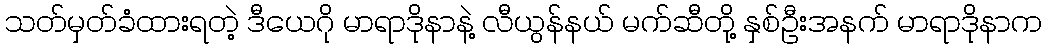
သတ်မှတ်ခံထားရတဲ့ ဒီယေဂို မာရာဒိုနာနဲ့ လီယွန်နယ် မက်ဆီတို့ နှစ်ဦးအနက် မာရာဒိုနာက